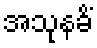
အသုနခိံ